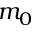
m _ { 0 }